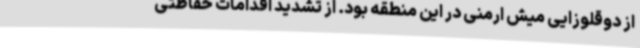
از دوقلوزایی میش ارمنی در این منطقه بود. از تشدید اقدامات حفاظتی